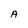
Character: A